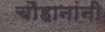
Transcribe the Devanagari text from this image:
चाैहानांनी